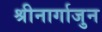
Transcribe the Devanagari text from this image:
श्रीनार्गाजुन